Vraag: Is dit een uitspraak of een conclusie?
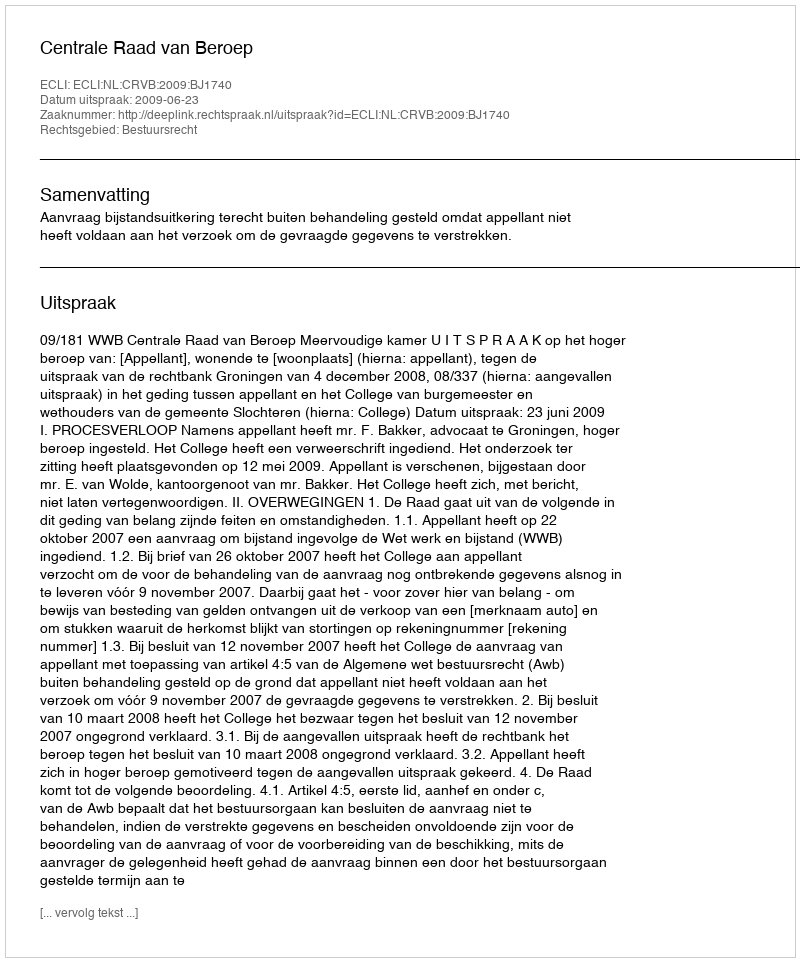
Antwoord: Uitspraak